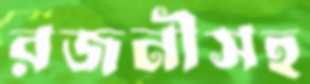
রজনীসহ